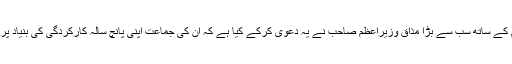
میرے خیال میں قوم کے ساتھ سب سے بڑا مذاق وزیراعظم صاحب نے یہ دعویٰ کرکے کیا ہے کہ ان کی جماعت اپنی پانچ سالہ کارکردگی کی بنیاد پر انتخابات جیتے گی۔